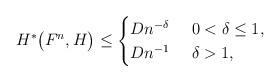
LaTeX: \begin{align*}H^*\bigl(F^n,H\bigr)&\leq \begin{cases}Dn^{-\delta}& \ 0<\delta\leq1,\\Dn^{-1} & \ \delta>1,\end{cases} \end{align*}